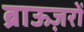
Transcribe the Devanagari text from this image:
ब्राऊज़रों